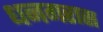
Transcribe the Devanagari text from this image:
धनगरास